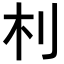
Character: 𣏀